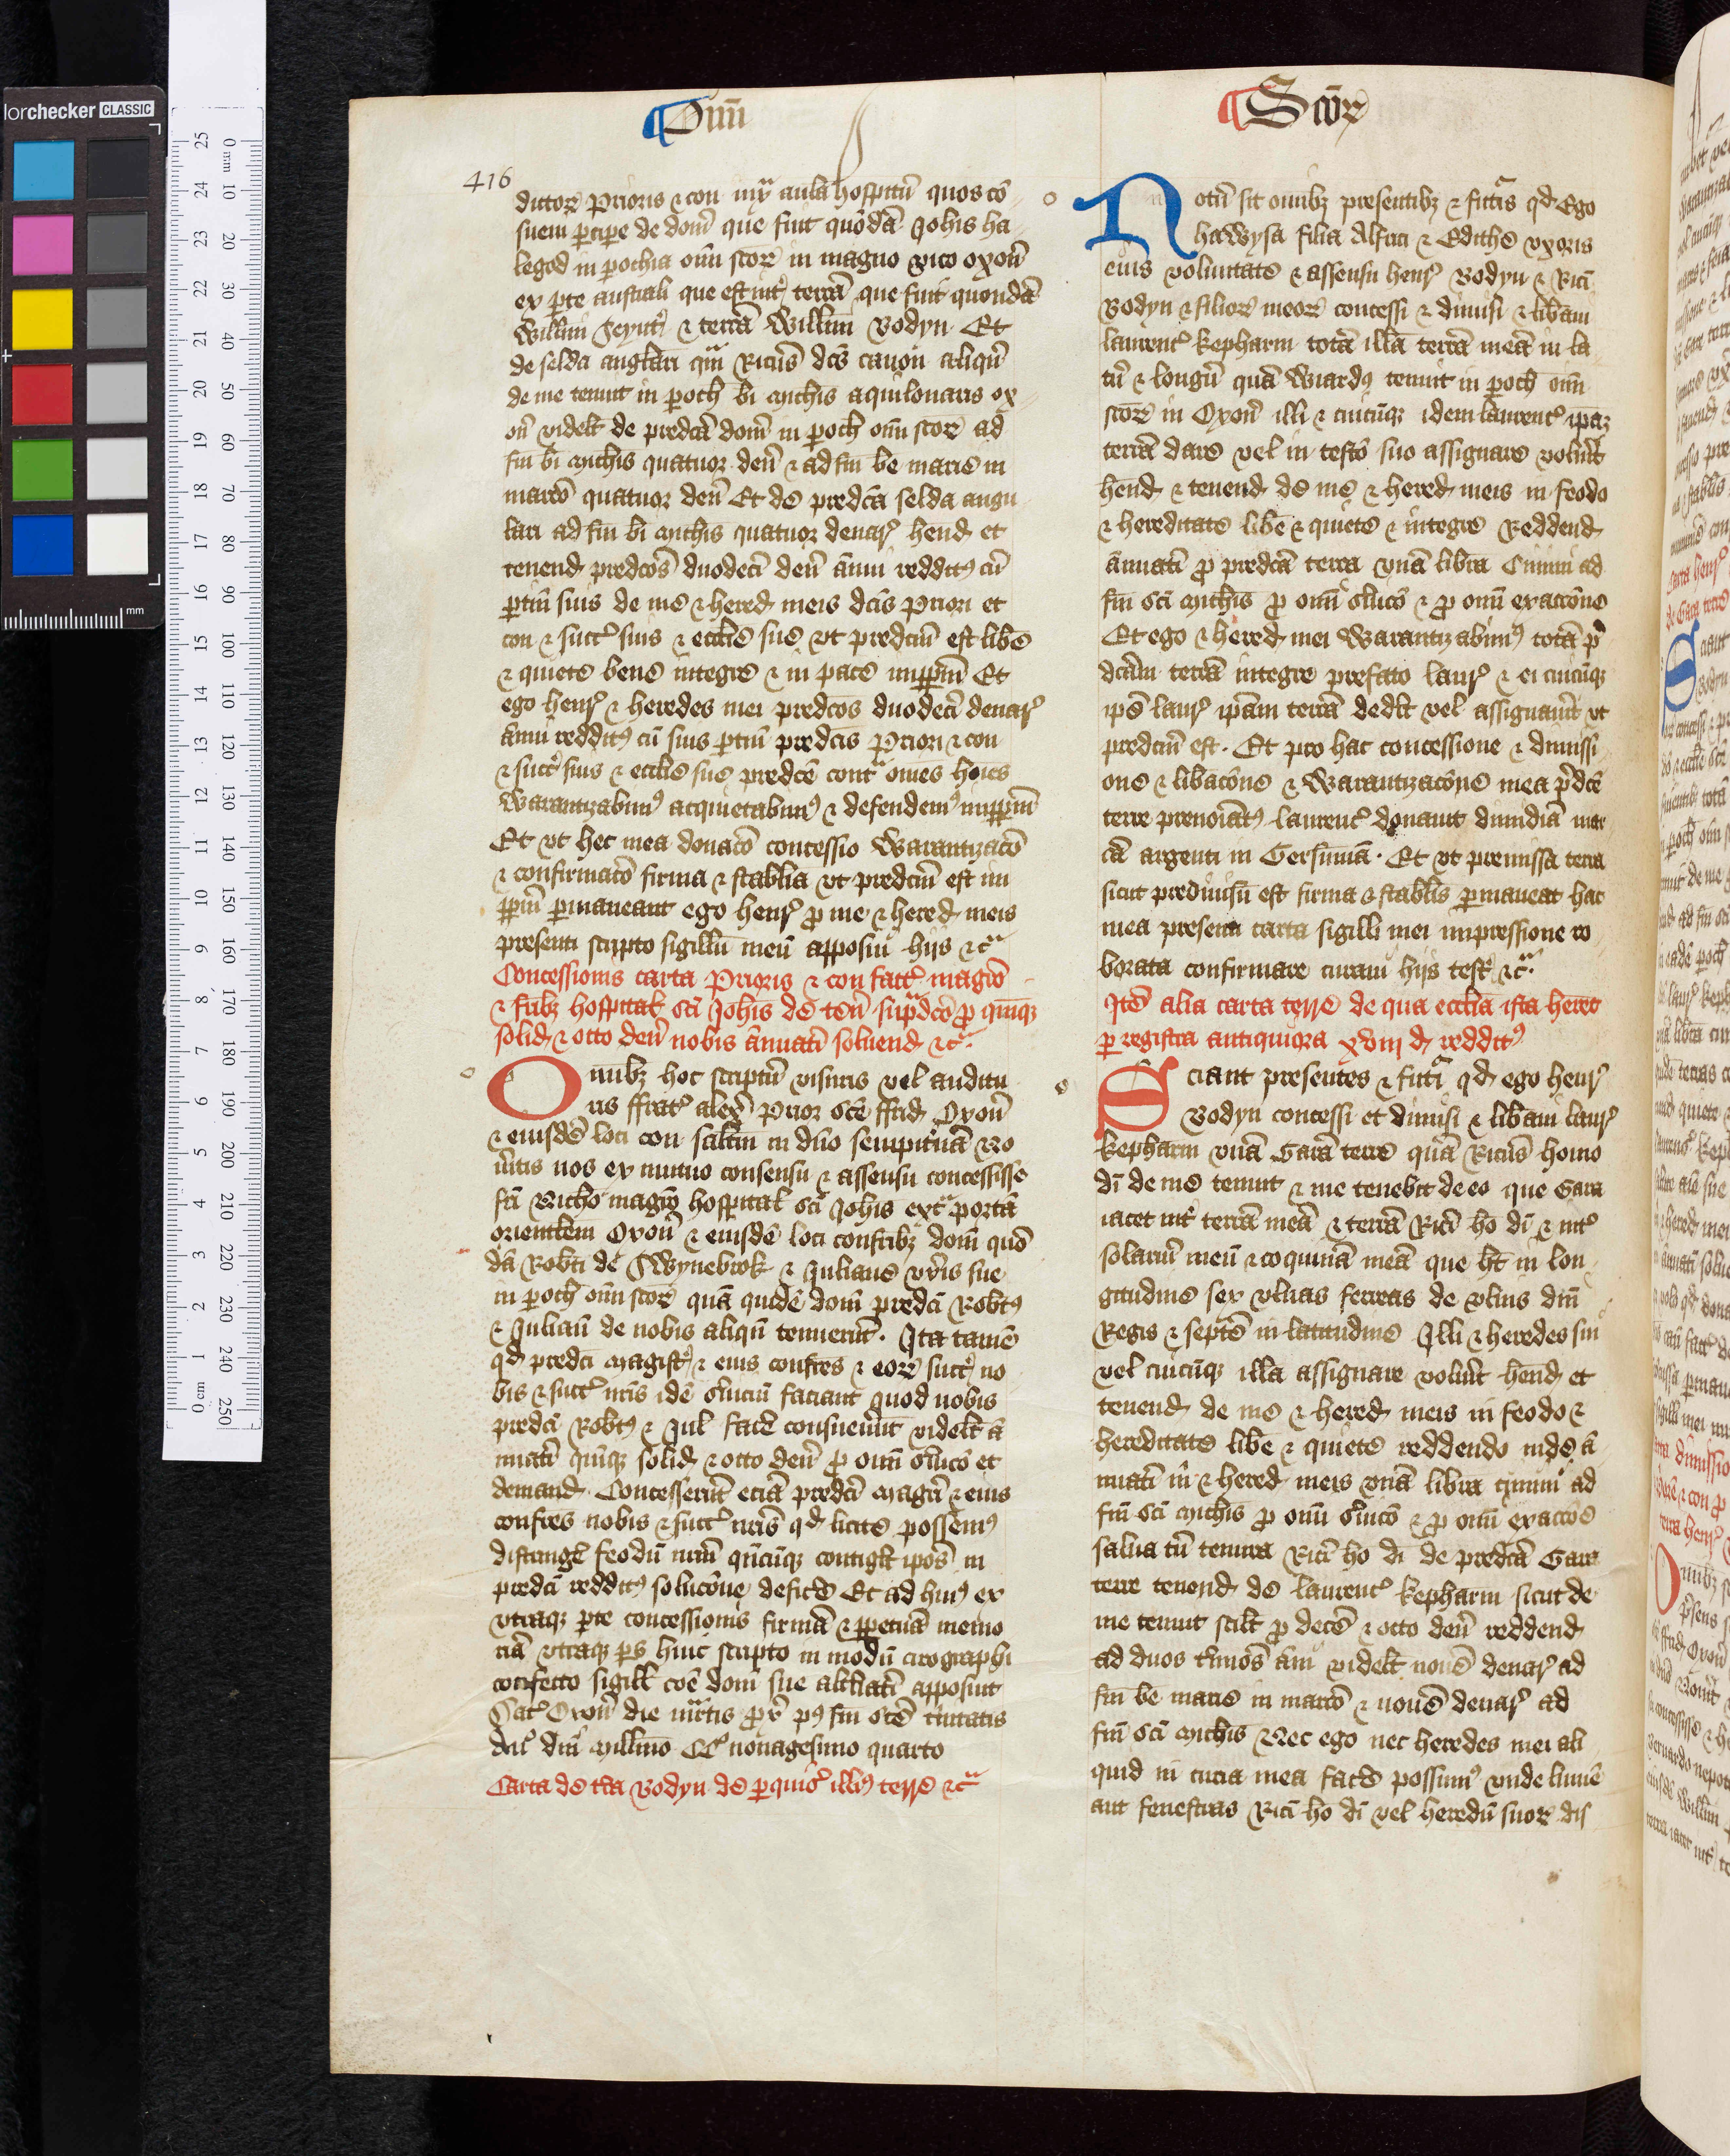
Shelfmark: Oxford, Christ Church Archives, D&C VI.1
Century: 14